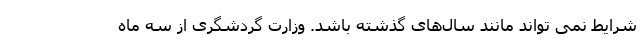
شرایط نمی تواند مانند سال‌های گذشته باشد. وزارت گردشگری از سه ماه